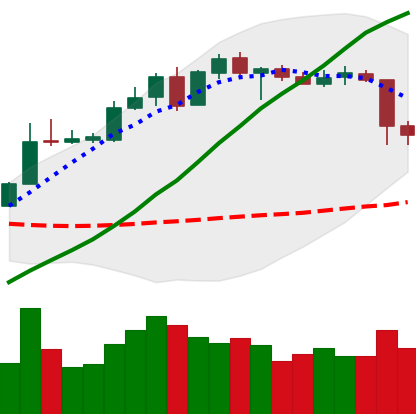
Ticker: XLM-USD
Chart end date: 2020-05-11
Forward return: 8.467%
Label: up_7plus